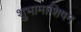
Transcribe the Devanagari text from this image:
शुभामाशिषम